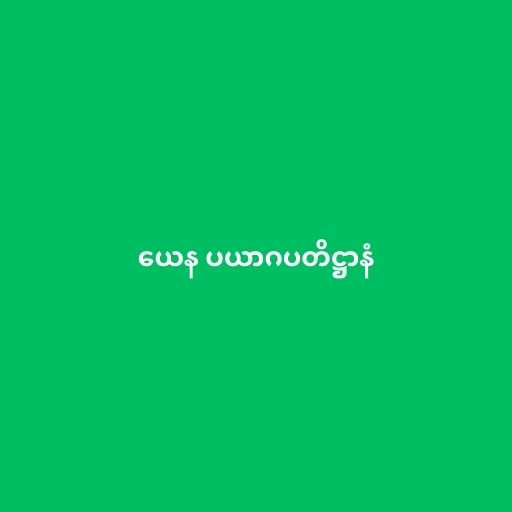
ယေန ပယာဂပတိဋ္ဌာနံ